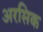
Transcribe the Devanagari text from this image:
अरसिक